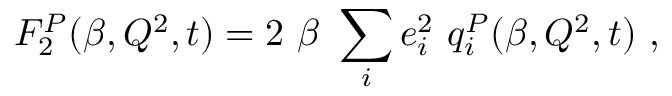
F _ { 2 } ^ { P } ( \beta , Q ^ { 2 } , t ) = 2 ~ \beta ~ \sum _ { i } e _ { i } ^ { 2 } ~ q _ { i } ^ { P } ( \beta , Q ^ { 2 } , t ) ~ ,